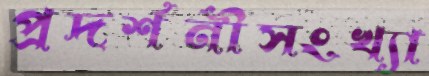
প্রদর্শনীসংখ্যা